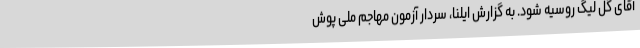
آقای گل لیگ روسیه شود. به گزارش ایلنا، سردار آزمون مهاجم ملی پوش